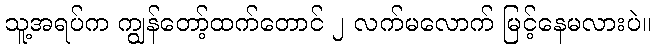
သူ့အရပ်က ကျွန်တော့်ထက်တောင် ၂ လက်မလောက် မြင့်နေမလားပဲ။